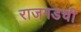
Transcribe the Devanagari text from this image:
राजगडची